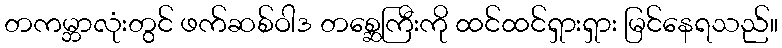
တကမ္ဘာလုံးတွင် ဖက်ဆစ်ဝါဒ တစ္ဆေကြီးကို ထင်ထင်ရှားရှား မြင်နေရသည်။